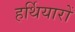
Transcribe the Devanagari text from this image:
हर्थियारों